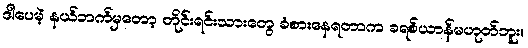
ဒါပေမဲ့ နယ်ဘက်မှတော့ တိုင်းရင်းသားတွေ ခံစားနေရတာက ခရစ်ယာန်မဟုတ်ဘူး။